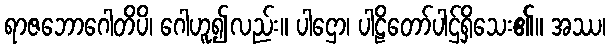
ရာဇဘောဂေါတိပိ၊ ဂေါဟူ၍လည်း။ ပါဌော၊ ပါဠိတော်ပါဌ်ရှိသေး၏။ အဿ၊